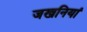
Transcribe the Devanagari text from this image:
जखनियां